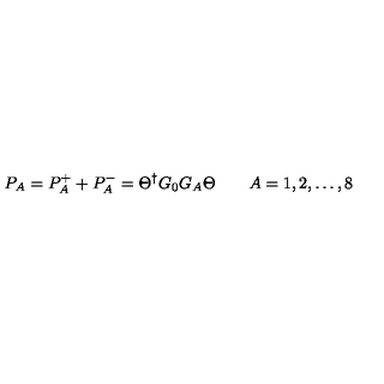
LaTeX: P _ { A } = P _ { A } ^ { + } + P _ { A } ^ { - } = \Theta ^ { \dagger } G _ { 0 } G _ { A } \Theta \qquad A = 1 , 2 , \dots , 8